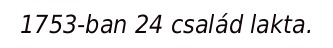
1753-ban 24 család lakta.